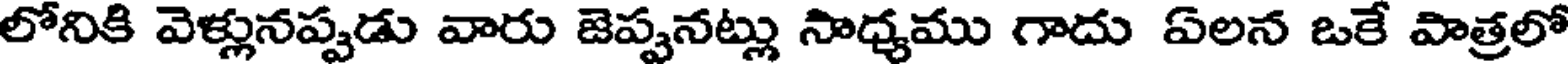
లోనికి వెళ్లునప్పడు వారు జెప్పనట్లు సాధ్యము గాదు ఏలన ఒకే పాత్రలో